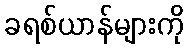
ခရစ်ယာန်များကို